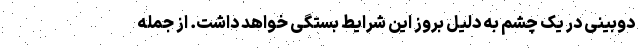
دوبینی در یک چشم به دلیل بروز این شرایط بستگی خواهد داشت. از جمله